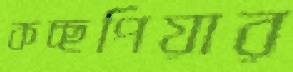
কচ্ছপিয়ার